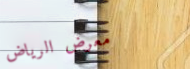
معرض الرياض